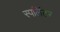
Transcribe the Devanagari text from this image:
स्पलिंटर